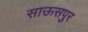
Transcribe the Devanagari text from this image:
साऊसपुर